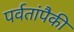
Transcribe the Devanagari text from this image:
पर्वतांपैकी